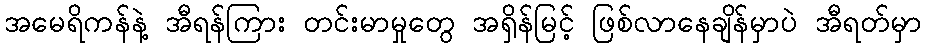
အမေရိကန်နဲ့ အီရန်ကြား တင်းမာမှုတွေ အရှိန်မြင့် ဖြစ်လာနေချိန်မှာပဲ အီရတ်မှာ